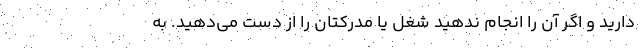
دارید و اگر آن را انجام ندهید شغل یا مدرکتان را از دست می‌دهید. به